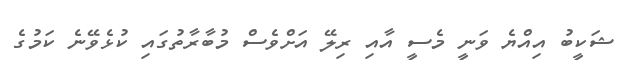
ޝަކީބު އިއްޔެ ވަނީ މެސީ އާއި ރިލޭ އަށްވެސް މުބާރާތުގައި ކުޅެވޭނެ ކަމުގެ